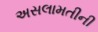
અસલામતીની